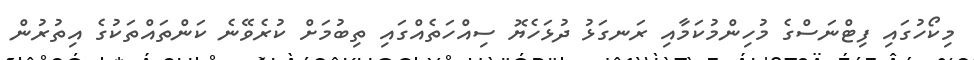
މިކޯހުގައި ފިޓްނަސްގެ މުހިންމުކަމާއި ރަނގަޅު ދުޅަހެޔޮ ސިއްހަތެއްގައި ތިބުމަށް ކުރެވޭނެ ކަންތައްތަކުގެ އިތުރުން